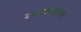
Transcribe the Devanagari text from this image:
मन्मथनामसंवत्सर